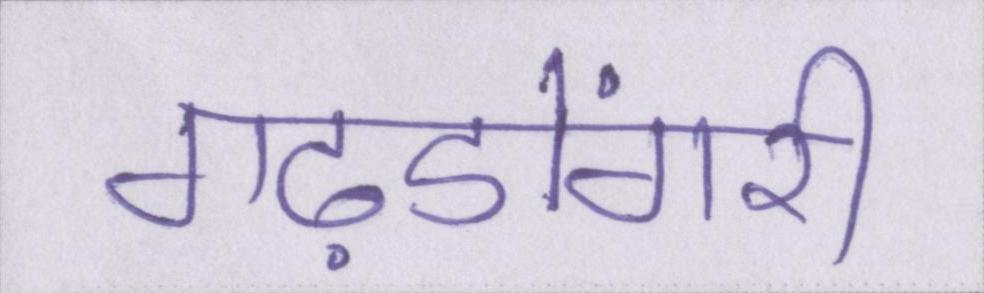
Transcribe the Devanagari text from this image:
गढ़डोंगरी